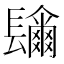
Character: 𨲼